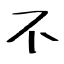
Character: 不